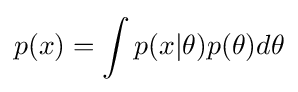
p(x)=\int p(x|\theta )p(\theta )d\theta